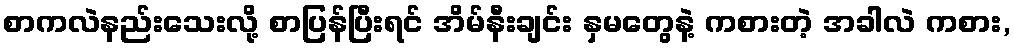
စာကလဲနည်းသေးလို့ စာပြန်ပြီးရင် အိမ်နီးချင်း နှမတွေနဲ့ ကစားတဲ့ အခါလဲ ကစား,